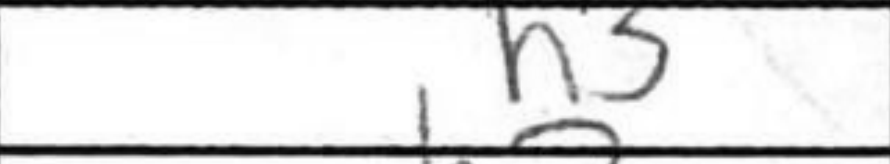
Transcription: h3